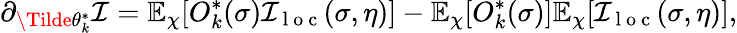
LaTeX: \partial_{\Tilde{\theta}_{k}^{*}}\mathcal{I}=\mathbb{E}_{\chi}[O_{k}^{*}(\sigma)\mathcal{I}_{\mathrm{~l~o~c~}}(\sigma,\eta)]-\mathbb{E}_{\chi}[O_{k}^{*}(\sigma)]\mathbb{E}_{\chi}[\mathcal{I}_{\mathrm{~l~o~c~}}(\sigma,\eta)],